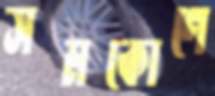
সমকোণে